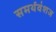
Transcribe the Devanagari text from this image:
समर्थवंशज